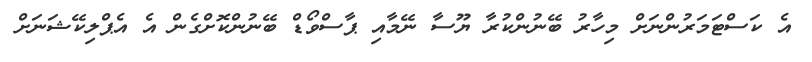
އެ ކަސްޓަމަރުންނަށް މިހާރު ބޭނުންކުރާ ޔޫސާ ނޭމާއި ޕާސްވޯޑް ބޭނުންކޮށްގެން އެ އެޕްލިކޭޝަނަށް